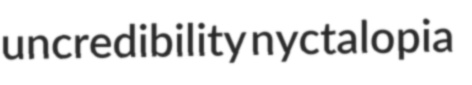
uncredibility nyctalopia